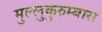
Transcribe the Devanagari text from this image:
मुल्लुकुरुम्बास